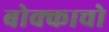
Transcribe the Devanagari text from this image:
बोक्काचो